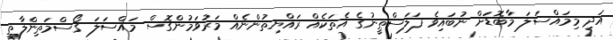
އަދި މިމައްސަލަ މާބޮޑަށް ނުބައިވެ ފަލަސްޠީނުގެ އެތަކެއް ރައްޔިތުންނެއް މަރުވަމުންގޮސް މައްސަލަ ގޯސްމަތިންލާތީ